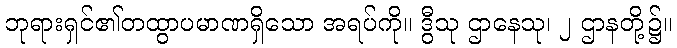
ဘုရားရှင်၏တထွာပမာဏရှိသော အရပ်ကို။ ဒွီသု ဌာနေသု၊ ၂ ဌာနတို့၌။